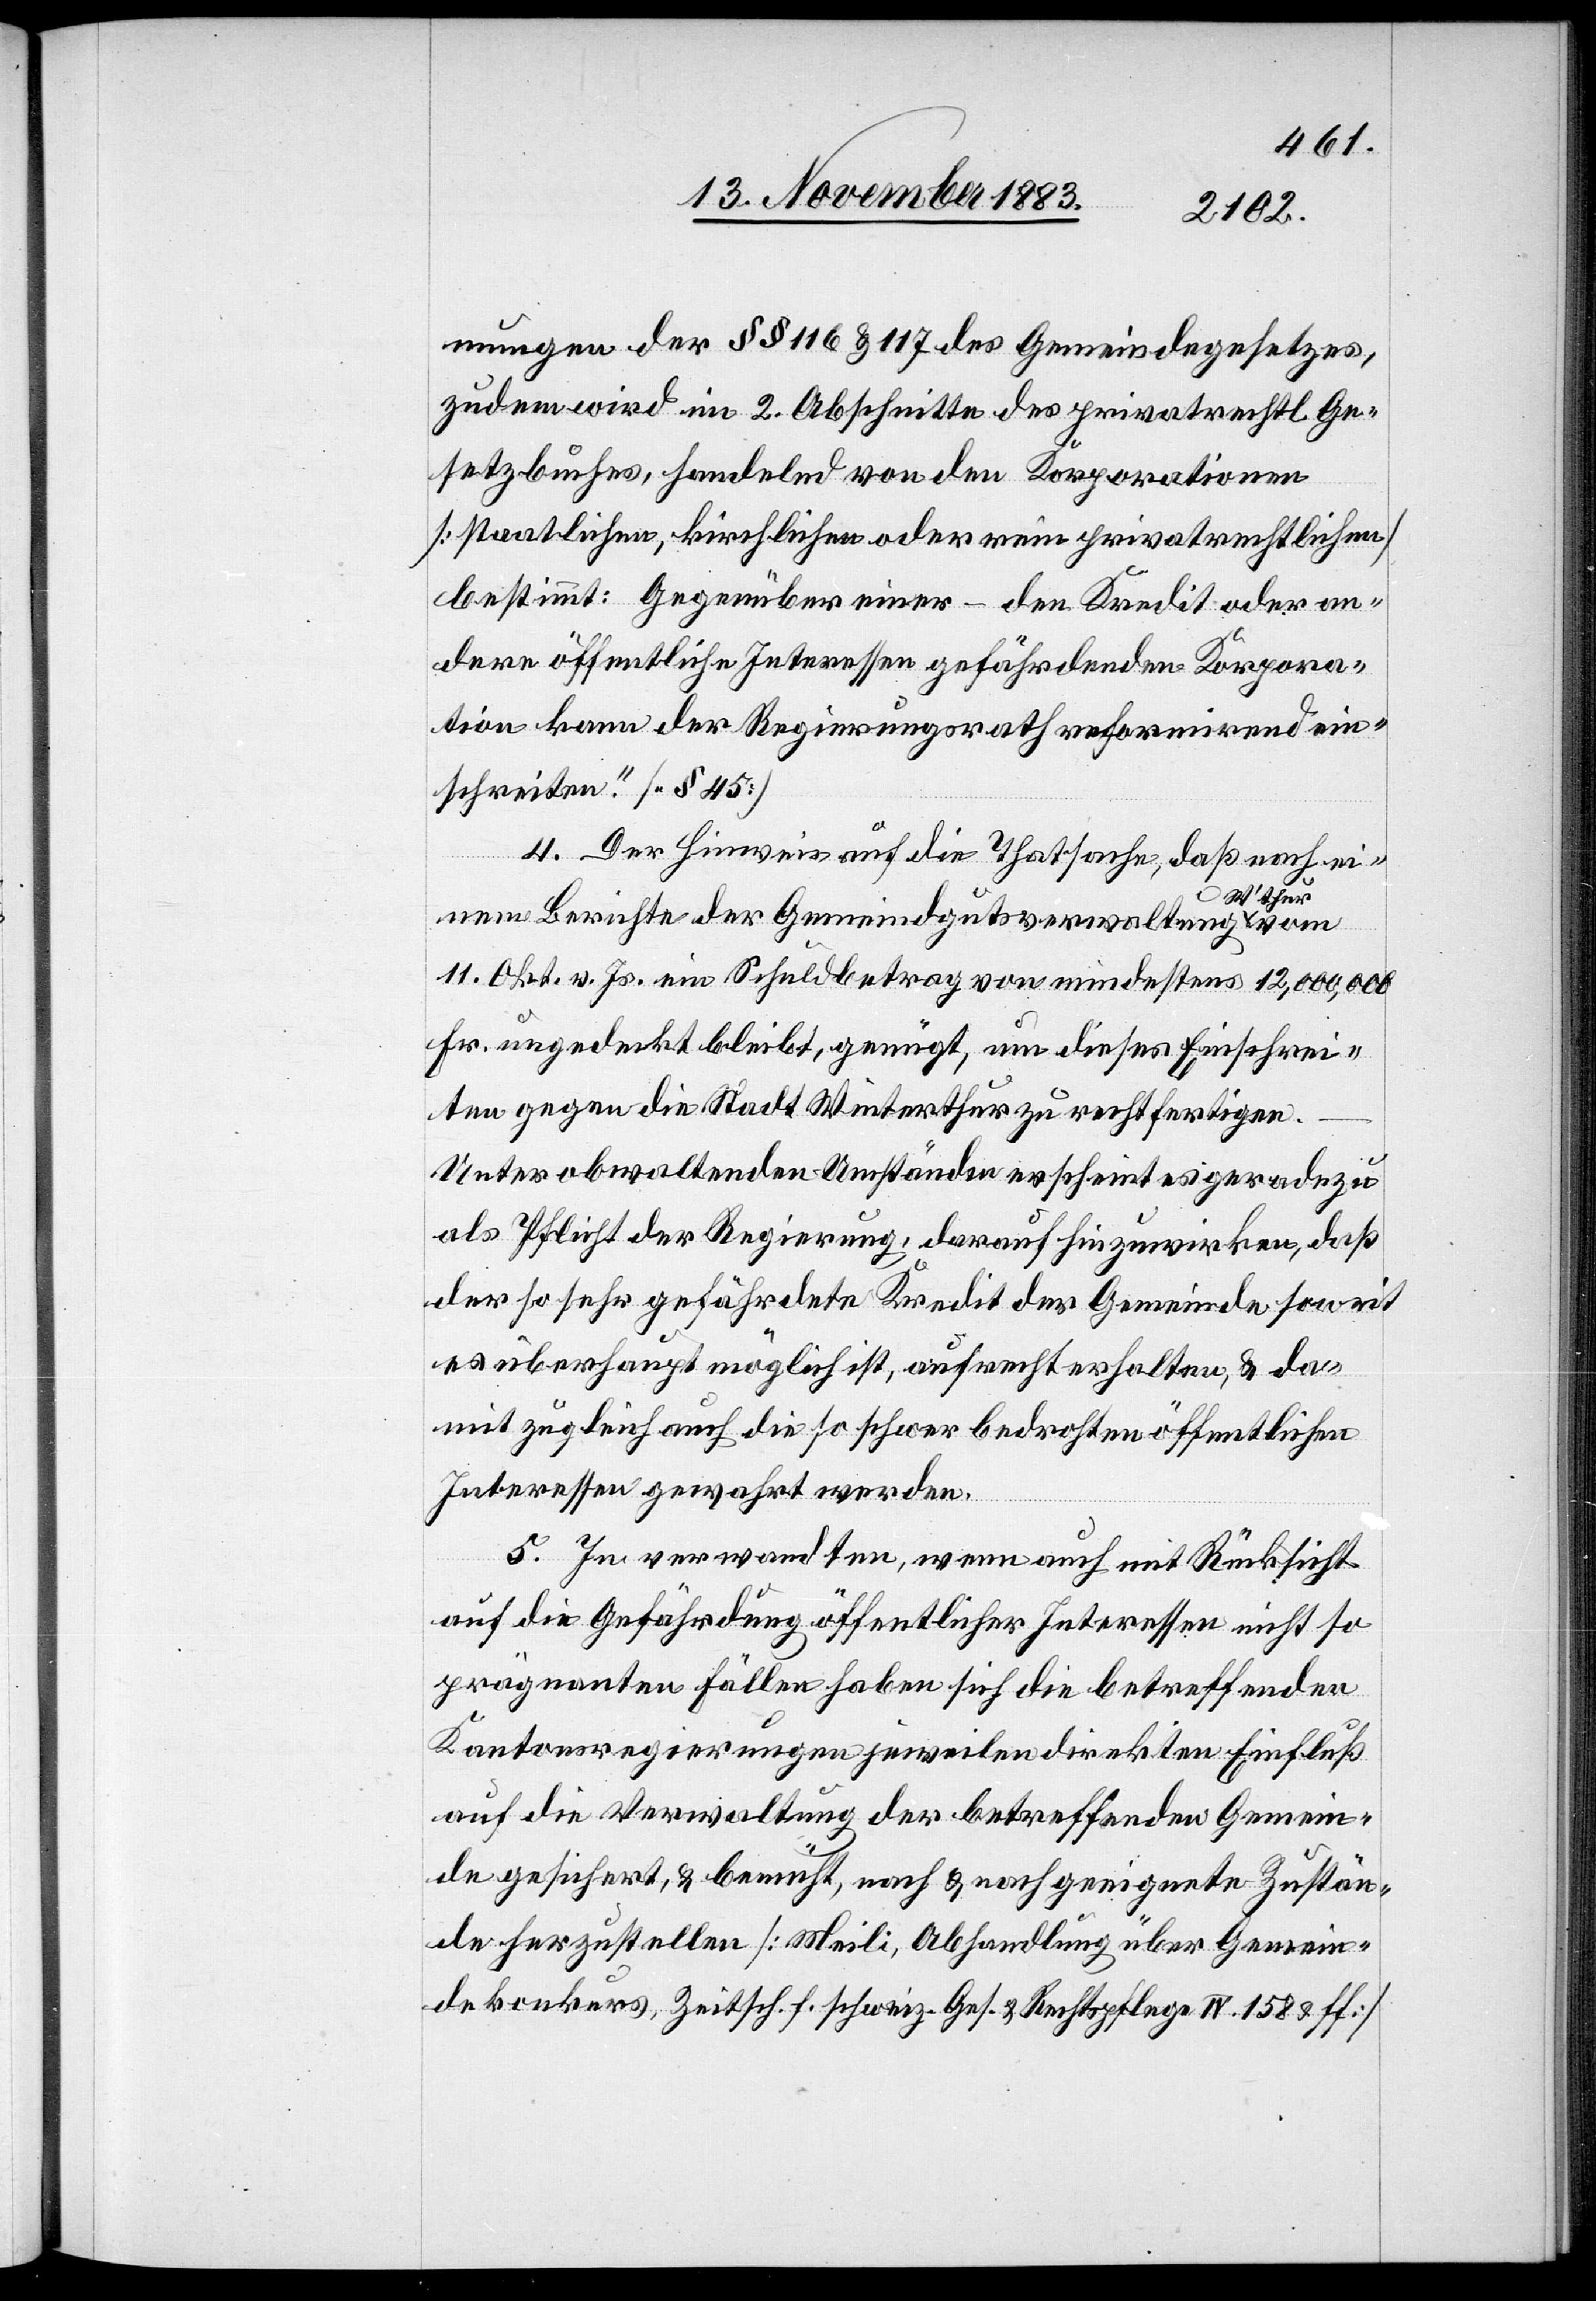
mungen der §§ 116 & 117 des Gemeindegesetzes,
zudem wird im 2. Abschnitte des privatrechtl. Ge¬
setzbuches, handelnd von den Korporationen
[staatlichen, kirchlichen oder rein privatrechtlichen]
bestimmt: Gegenüber einer – den Kredit oder an¬
dere öffentliche Interessen gehörenden Korpora¬
tion kann der Regierungsrath reformirend ein¬
schreiten. [§ 45]
4. Der Hinweis auf die Thatsache, daß nach ei¬
W’thur
nem Berichte der Gemeindgutsverwaltung
11. Okt. v. Js. ein Schuldbetrag von mindestens 12,000,000
Fr. ungedeckt bleibt, genügt, um dieses Einschrei¬
ten gegen die Stadt Winterthur zu rechtfertigen.
Unter obwaltenden Umständen erscheint es geradezu
als Pflicht der Regierung, darauf hinzuwirken, daß
der so sehr gefährdete Kredit der Gemeinde soweit
es überhaupt möglich ist, aufrecht erhalten, & da¬
mit zugleich auch die so schwer bedrohten öffentlichen
Interessen gewahrt werden.
5. In verwandten, wenn auch mit Rücksicht
auf die Gefährdung öffentlicher Interessen nicht so
prägnanten Fällen haben sich die betreffenden
Kantonsregierungen jeweilen direkten Einfluß
auf die Verwaltung der betreffenden Gemein¬
de gesichert, & bemüht, nach & nach geeignete Zustän¬
de herzustellen [Meili, Abhandlung über Gemein¬
dekonkurs, Zeitsch. f. Ges. & Rechtspflege IV. & ff]